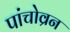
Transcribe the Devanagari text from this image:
पांचोव्रन